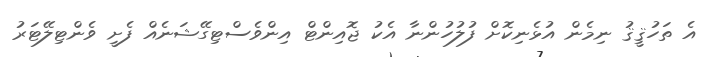
އެ ތަހުޤީޤު ނިމެން އުޅެނިކޮށް ފުލުހުންނާ އެކު ޖޮއިންޓް އިންވެސްޓިގޭޝަނެއް ފެށީ ވެންޓިލޭޓަރު